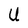
Character: U